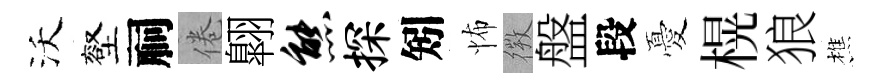
沃壑祠倦翺熊探矧怖𢕄盤段憂榥狼樵